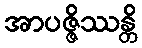
အာပဇ္ဇိဿန္တိ